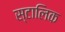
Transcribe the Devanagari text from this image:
स्टालिक